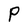
Character: P